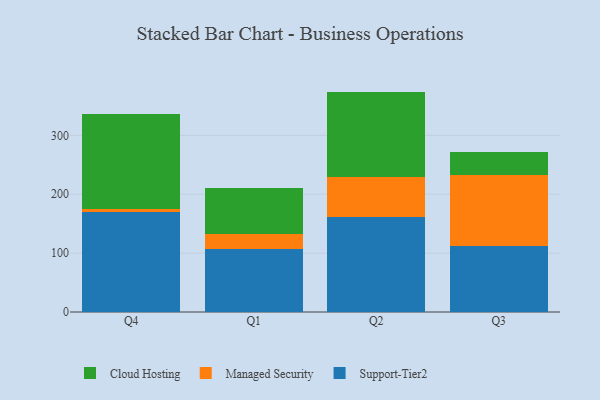
{"axis": {"x": "Quarter", "y": "Active Users"}, "legend": ["Cloud Hosting", "Managed Security", "Support-Tier2"], "data": [{"x": "Q4", "y": 169.4, "type": "Support-Tier2"}, {"x": "Q4", "y": 5.5, "type": "Managed Security"}, {"x": "Q4", "y": 162.1, "type": "Cloud Hosting"}, {"x": "Q1", "y": 106.2, "type": "Support-Tier2"}, {"x": "Q1", "y": 26.8, "type": "Managed Security"}, {"x": "Q1", "y": 78.3, "type": "Cloud Hosting"}, {"x": "Q2", "y": 161.2, "type": "Support-Tier2"}, {"x": "Q2", "y": 67.2, "type": "Managed Security"}, {"x": "Q2", "y": 145.8, "type": "Cloud Hosting"}, {"x": "Q3", "y": 112.1, "type": "Support-Tier2"}, {"x": "Q3", "y": 120.6, "type": "Managed Security"}, {"x": "Q3", "y": 38.5, "type": "Cloud Hosting"}]}